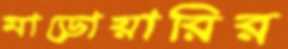
মাড়োয়ারির